Regulations for the medical services of the Army of India
Year: 1930
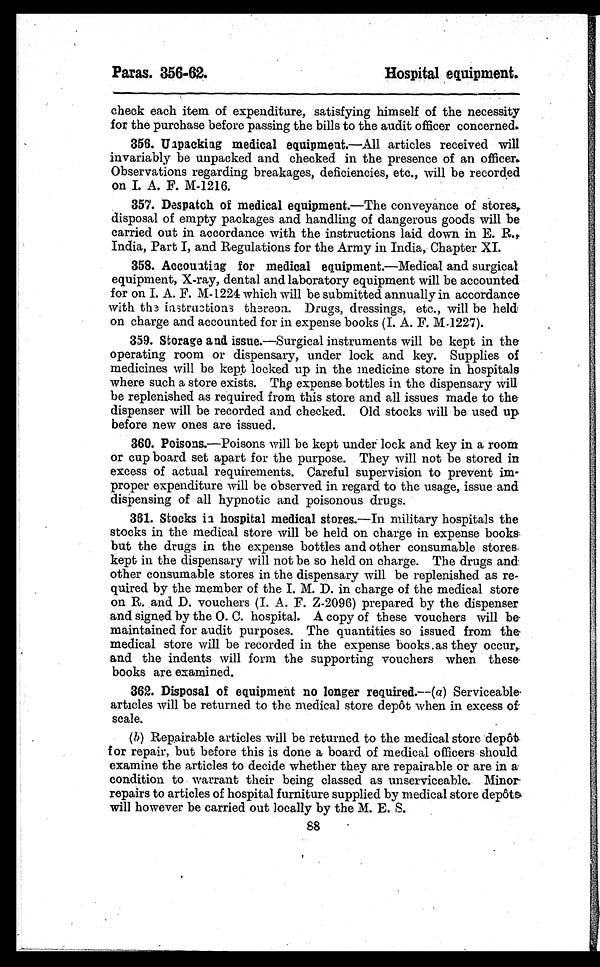
check each item of expenditure, satisfying himself of the necessity
for the purchase before passing the bills to the audit officer concerned.
356. Unpacking medical equipment. —All articles received will
invariably be unpacked and checked in the presence of an officer.
Observations regarding breakages, deficiencies, etc., will be recorded
on I. A. F. M-1216.
357. Despatch of medical equipment.—The conveyance of stores,
disposal of empty packages and handling of dangerous goods will be
carried out in accordance with the instructions laid down in E. R.,
India, Part I, and Regulations for the Army in India, Chapter XI.
358. Accounting for medical equipment. —Medical and surgical
equipment, X-ray, dental and laboratory equipment will be accounted
for on I. A. F. M-1224 which will be submitted annually in accordance
with the instructions thereon. Drugs, dressings, etc., will be held
on charge and accounted for in expense books (I. A. F. M.1227).
359. Storage and issue.—Surgical instruments will be kept in the
operating room or dispensary, under lock and key. Supplies of
medicines will be kept locked up in the medicine store in hospitals
where such a store exists. The expense bottles in the dispensary will
be replenished as required from this store and all issues made to the
dispenser will be recorded and checked. Old stocks will be used up
before new ones are issued.
360. Poisons.—Poisons will be kept under lock and key in a room
or cup board set apart for the purpose. They will not be stored in
excess of actual requirements. Careful supervision to prevent im-
proper expenditure will be observed in regard to the usage, issue and
dispensing of all hypnotic and poisonous drugs.
361. Stocks in hospital medical stores. —In military hospitals the
stocks in the medical store will be held on charge in expense books
but the drugs in the expense bottles and other consumable stores
kept in the dispensary will not be so held on charge. The drugs and
other consumable stores in the dispensary will be replenished as re-
quired by the member of the I. M. D. in charge of the medical store
on R. and D. vouchers (I. A. F. Z-2096) prepared by the dispenser
and signed by the O. C. hospital. A copy of these vouchers will be
maintained for audit purposes. The quantities so issued from the
medical store will be recorded in the expense books as they occur,
and the indents will form the supporting vouchers when these
books are examined.
362. Disposal of equipment no longer required. —(a) Serviceable
articles will be returned to the medical store depôt when in excess of
scale.
(b)
Repairable articles will be returned to the medical store depôt
for repair, but before this is done a board of medical officers should
examine the articles to decide whether they are repairable or are in a
condition to warrant their being classed as unserviceable. Minor
repairs to articles of hospital furniture supplied by medical store depôt
s
will however be carried out locally by the M. E. S.
88